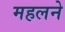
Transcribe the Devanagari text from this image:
महलने